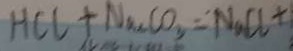
H C l + N a _ { 2 } C O _ { 3 } = N a C l +